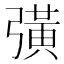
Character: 彉